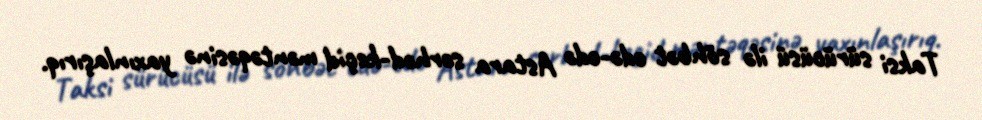
Taksi sürücüsü ilə söhbət edə-edə Astara sərhəd-keçid məntəqəsinə yaxınlaşırıq.